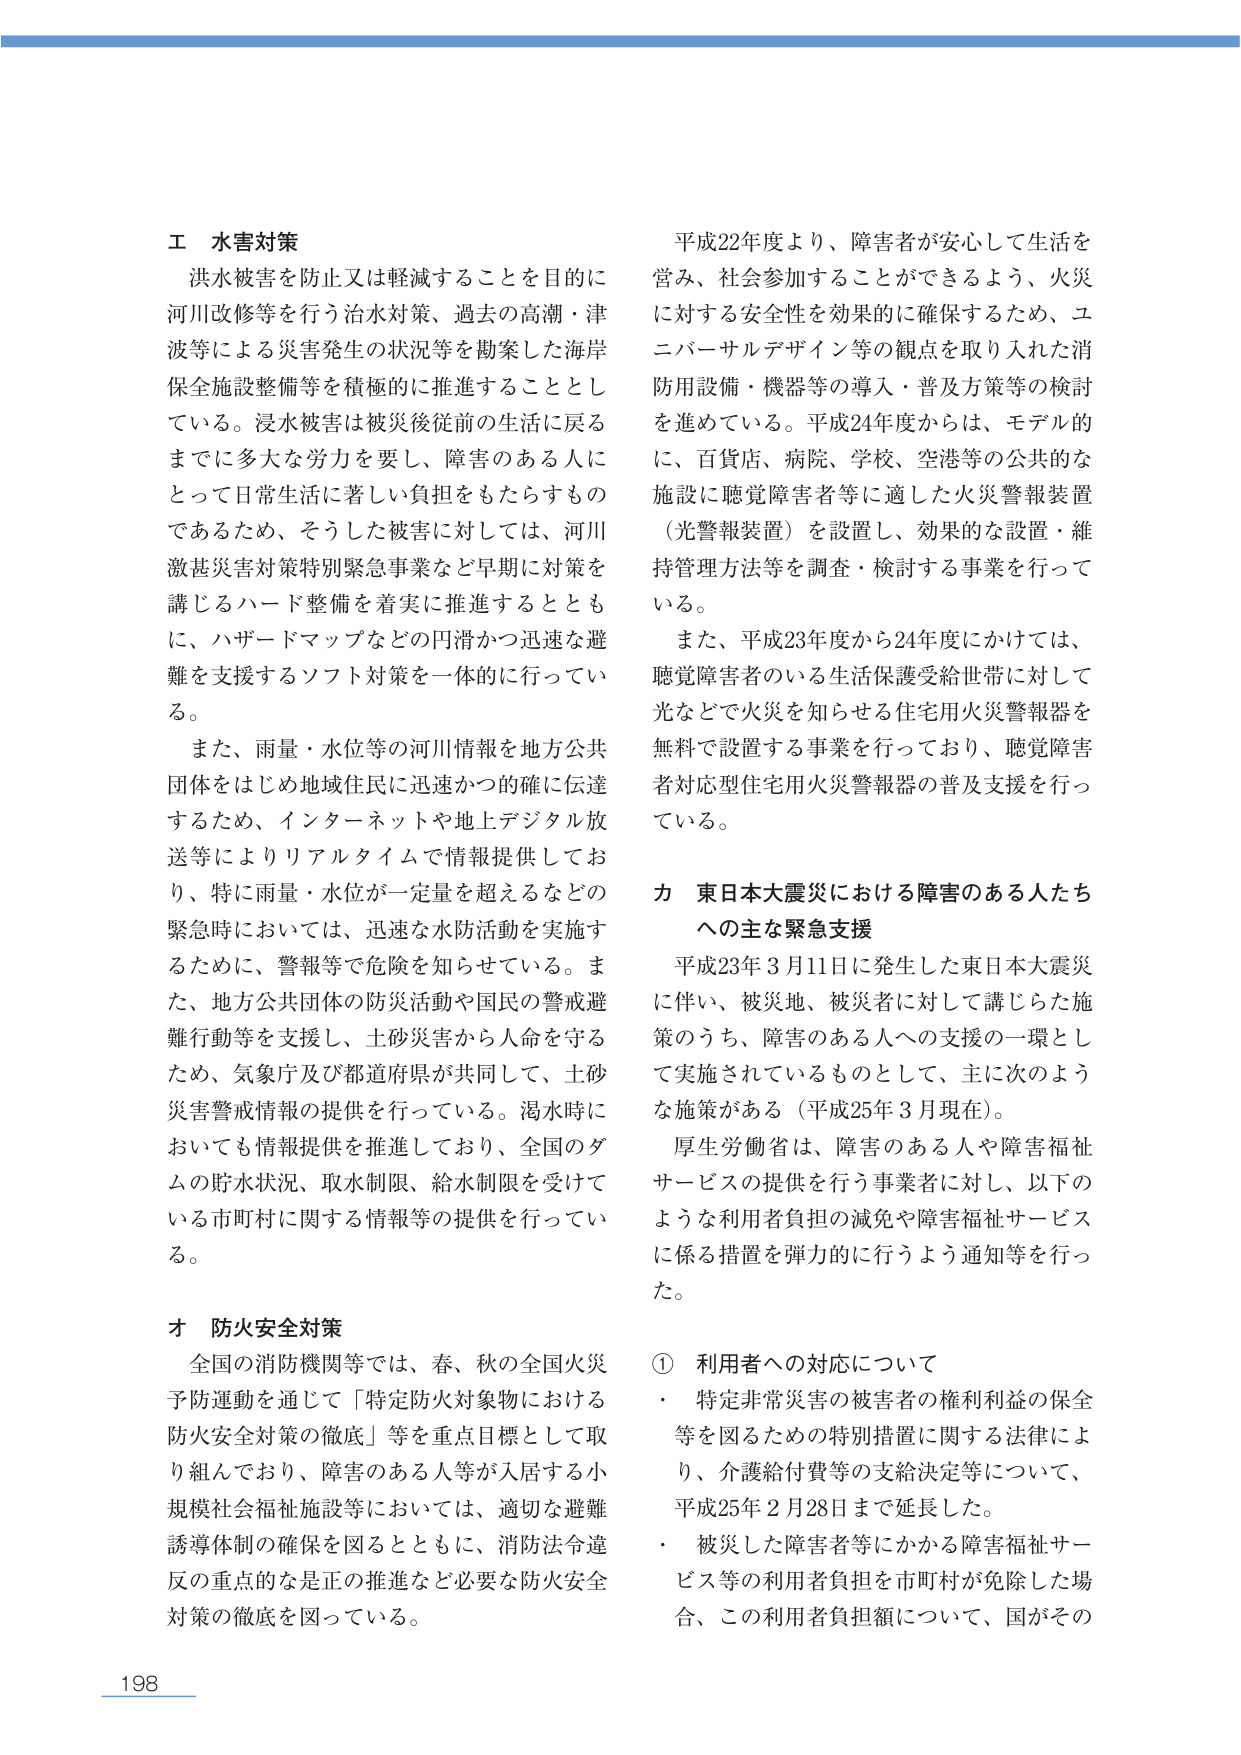
エ 水害対策
洪水被害を防止又は軽減することを目的に
河川改修等を行う治水対策、過去の高潮・津
波等による災害発生の状況等を勘案した海岸
保全施設整備等を積極的に推進することとし
ている。浸水被害は被災後従前の生活に戻る
までに多大な労力を要し、障害のある人に
とって日常生活に著しい負担をもたらすもの
であるため、そうした被害に対しては、河川
激甚災害対策特別緊急事業など早期に対策を
講じるハード整備を着実に推進するととも
に、ハザードマップなどの円滑かつ迅速な避
難を支援するソフト対策を一体的に行ってい
る。

また、雨量・水位等の河川情報を地方公共
団体をはじめ地域住民に迅速かつ的確に伝達
するため、インターネットや地上デジタル放
送等によりリアルタイムで情報提供してお
り、特に雨量・水位が一定量を超えるなどの
緊急時においては、迅速な水防活動を実施す
るために、警報等で危険を知らせている。ま
た、地方公共団体の防災活動や国民の警戒避
難行動等を支援し、土砂災害から人命を守る
ため、気象庁及び都道府県が共同して、土砂
災害警戒情報の提供を行っている。渇水時に
おいても情報提供を推進しており、全国のダ
ムの貯水状況、取水制限、給水制限を受けて
いる市町村に関する情報等の提供を行ってい
る。

オ 防火安全対策
全国の消防機関等では、春、秋の全国火災
予防運動を通じて「特定防火対象物における
防火安全対策の徹底」等を重点目標として取
り組んでおり、障害のある人等が入居する小
規模社会福祉施設等においては、適切な避難
誘導体制の確保を図るとともに、消防法令違
反の重点的な是正の推進など必要な防火安全
対策の徹底を図っている。

平成22年度より、障害者が安心して生活を
営み、社会参加することができるよう、火災
に対する安全性を効果的に確保するため、ユ
ニバーサルデザイン等の観点を取り入れた消
防用設備・機器等の導入・普及方策等の検討
を進めている。平成24年度からは、モデル的
に、百貨店、病院、学校、空港等の公共的な
施設に聴覚障害者等に適した火災警報装置
（光警報装置）を設置し、効果的な設置・維
持管理方法等を調査・検討する事業を行って
いる。

また、平成23年度から24年度にかけては、
聴覚障害者のいる生活保護受給世帯に対して
光などで火災を知らせる住宅用火災警報器を
無料で設置する事業を行っており、聴覚障害
者対応型住宅用火災警報器の普及支援を行っ
ている。

カ 東日本大震災における障害のある人たち
への主な緊急支援
平成23年3月11日に発生した東日本大震災
に伴い、被災地、被災者に対して講じられた施
策のうち、障害のある人への支援の一環とし
て実施されているものとして、主に次のよう
な施策がある（平成25年3月現在）。

厚生労働省は、障害のある人や障害福祉
サービスの提供を行う事業者に対し、以下の
ような利用者負担の減免や障害福祉サービス
に係る措置を弾力的に行うよう通知等を行っ
た。

① 利用者への対応について
・ 特定非常災害の被害者の権利利益の保全
等を図るための特別措置に関する法律によ
り、介護給付費等の支給決定等について、
平成25年2月28日まで延長した。
・ 被災した障害者等にかかる障害福祉サー
ビス等の利用者負担を市町村が免除した場
合、この利用者負担額について、国がその

198